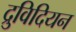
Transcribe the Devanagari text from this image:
द्रुविदियन